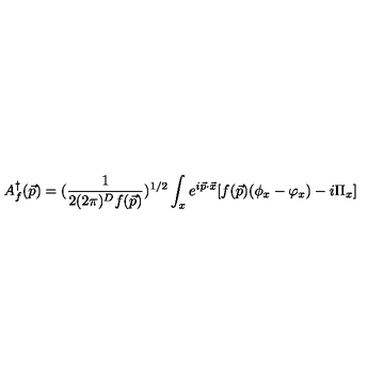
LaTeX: A _ { f } ^ { \dagger } ( \vec { p } ) = ( { \frac { 1 } { 2 ( 2 \pi ) ^ { D } f ( \vec { p } ) } } ) ^ { 1 / 2 } \int _ { x } e ^ { i \vec { p } \cdot \vec { x } } [ f ( \vec { p } ) ( \phi _ { x } - \varphi _ { x } ) - i \Pi _ { x } ]